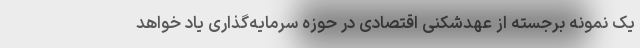
یک نمونه برجسته از عهدشکنی اقتصادی در حوزه سرمایه‌گذاری یاد خواهد